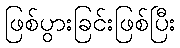
ဖြစ်ပွားခြင်းဖြစ်ပြီး